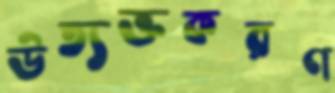
উত্যক্তকরণ